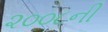
૨૦૦૮ની